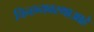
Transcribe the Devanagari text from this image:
चिन्हव्यवस्थाआहे